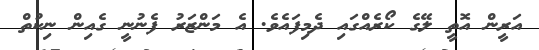
އަރީން އޮތީ ލޭގެ ކޯރެއްގައި ދެމިފައެވެ. އެ މަންޒަރު ފެނުނީ ގެއިން ނިކުތް